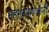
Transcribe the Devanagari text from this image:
सहसंस्थापकांनी